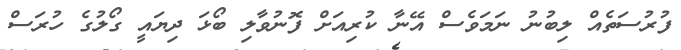
ފުރުސަތެއް ލިބުނު ނަމަވެސް އޭނާ ކުރިއަށް ފޮނުވާލި ބޯޅަ ދިޔައީ ގޯލުގެ ހުރަސް